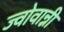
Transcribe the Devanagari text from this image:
ज्वोवान्नी